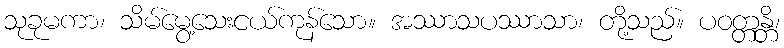
သုခုမကာ၊ သိမ်မွေ့သေးငယ်ကုန်သော။ အဿာသပဿာသာ၊ တို့သည်။ ပဝတ္တန္တိ၊